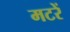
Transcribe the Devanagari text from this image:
मटरें